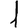
Digit: 1